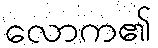
လောက၏